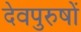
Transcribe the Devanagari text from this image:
देवपुरुषों